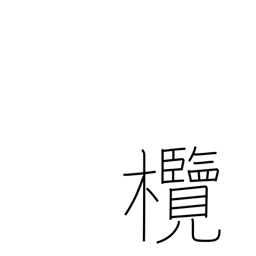
Meaning: Chinese olive tree